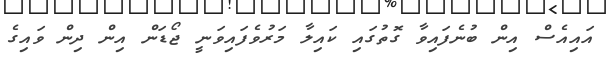
އައިއެސް އިން ބުނެފައިވާ ގޮތުގައި ކައިލާ މަރުވެފައިވަނީ ޖޯޑަން އިން ދިން ވައިގެ